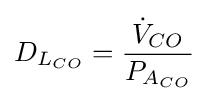
D_{L_{CO}}={\frac {{\dot {V}}_{CO}}{P_{A_{CO}}}}